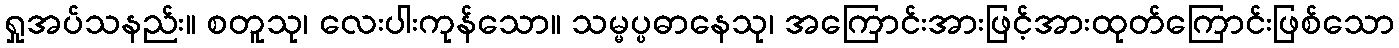
ရှုအပ်သနည်း။ စတူသု၊ လေးပါးကုန်သော။ သမ္မပ္ပဓာနေသု၊ အကြောင်းအားဖြင့်အားထုတ်ကြောင်းဖြစ်သော